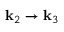
{ \bf k } _ { 2 } \to { \bf k } _ { 3 }